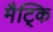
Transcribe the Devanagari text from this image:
मैट्कि